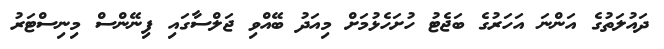
ދައުލަތުގެ އަންނަ އަހަރުގެ ބަޖެޓު ހުށަހެޅުމަށް މިއަދު ބޭއްވި ޖަލްސާގައި ފިނޭންސް މިނިސްޓަރު